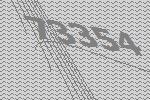
73354